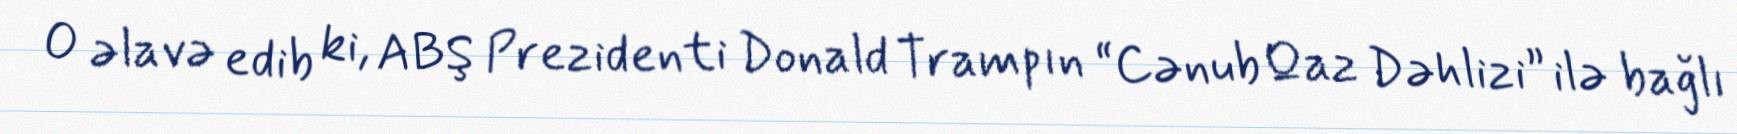
O əlavə edib ki, ABŞ Prezidenti Donald Trampın “Cənub Qaz Dəhlizi” ilə bağlı